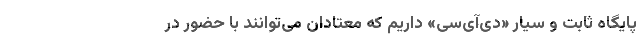
پایگاه ثابت و سیار «دی‌آی‌سی» داریم که معتادان می‌توانند با حضور در